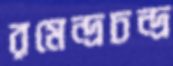
রমেন্দ্রচন্দ্র